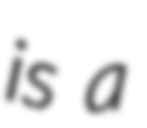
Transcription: is a